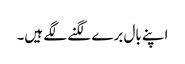
اپنے بال برے لگنے لگے ہیں۔